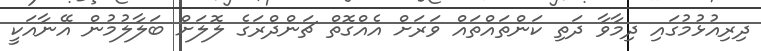
ދިރިއުޅުމުގައި ދިމާވާ ދަތި ކަންތައްތައް ވަރަށް އެއްގޮތް ޗަންދްރަގެ ލޮލަށް ބަލާލުމުން އޭނާއަކީ